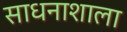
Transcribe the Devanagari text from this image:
साधनाशाला